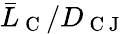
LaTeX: \bar{L}_{\mathrm{~C~}}/D_{\mathrm{~C~J~}}